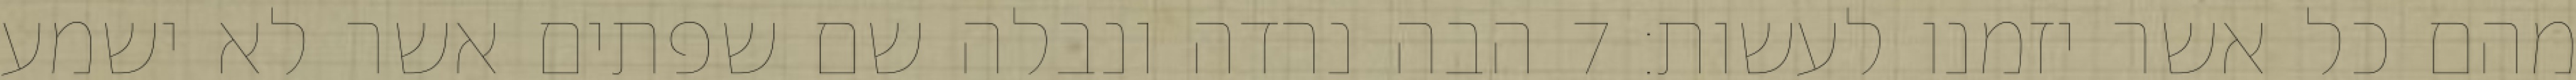
מהם כל אשר יזמנו לעשות׃ ‎7‏ הבה נרדה ונבלה שם שפתים אשר לא ישמע